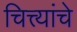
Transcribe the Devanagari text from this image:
चित्त्यांचे